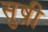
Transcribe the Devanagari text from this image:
सुष्री